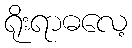
ရိုးရာဓလေ့